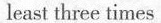
least three times